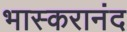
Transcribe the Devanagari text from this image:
भास्करानंद